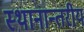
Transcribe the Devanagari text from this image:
स्थानान्तरीय